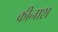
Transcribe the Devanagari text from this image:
कीनाश